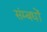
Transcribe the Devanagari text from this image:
संम्बधों